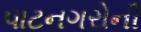
પાટનગરોની